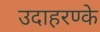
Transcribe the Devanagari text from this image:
उदाहरण्के